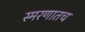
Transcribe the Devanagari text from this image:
स्मरणातच